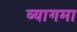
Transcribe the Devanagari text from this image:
व्यागमा